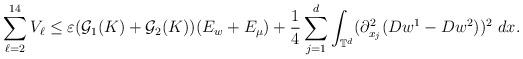
LaTeX: \begin{align*}\sum_{\ell=2}^{14}V_{\ell}\leq \varepsilon(\mathcal{G}_{1}(K)+\mathcal{G}_{2}(K))(E_{w}+E_{\mu}) + \frac{1}{4}\sum_{j=1}^{d}\int_{\mathbb{T}^{d}}(\partial_{x_{j}}^{2}(Dw^{1}-Dw^{2}))^{2}\ dx.\end{align*}